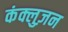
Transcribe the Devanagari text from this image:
कंक्लुज़न